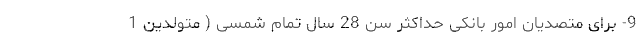
9- برای متصدیان امور بانکی حداکثر سن 28 سال تمام شمسی ( متولدین 1